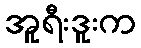
အူရီးဒူးက